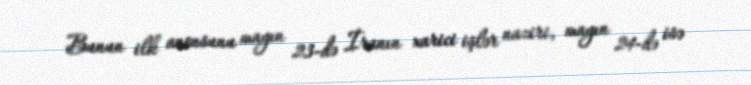
Bunun ilk anonsunu mayın 23-də İranın xarici işlər naziri, mayın 24-də isə